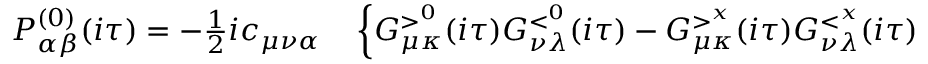
\begin{array} { r l } { P _ { \alpha \beta } ^ { ( 0 ) } ( i \tau ) = - \frac { 1 } { 2 } i c _ { \mu \nu \alpha } } & { { } \left\{ G _ { \mu \kappa } ^ { > ^ { 0 } } ( i \tau ) G _ { \nu \lambda } ^ { < ^ { 0 } } ( i \tau ) - G _ { \mu \kappa } ^ { > ^ { x } } ( i \tau ) G _ { \nu \lambda } ^ { < ^ { x } } ( i \tau ) \right. } \end{array}